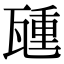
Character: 𬎮